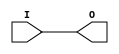
module IBUF_SSTL2_II (O, I);

    output O;

    input  I;

	buf B1 (O, I);


endmodule